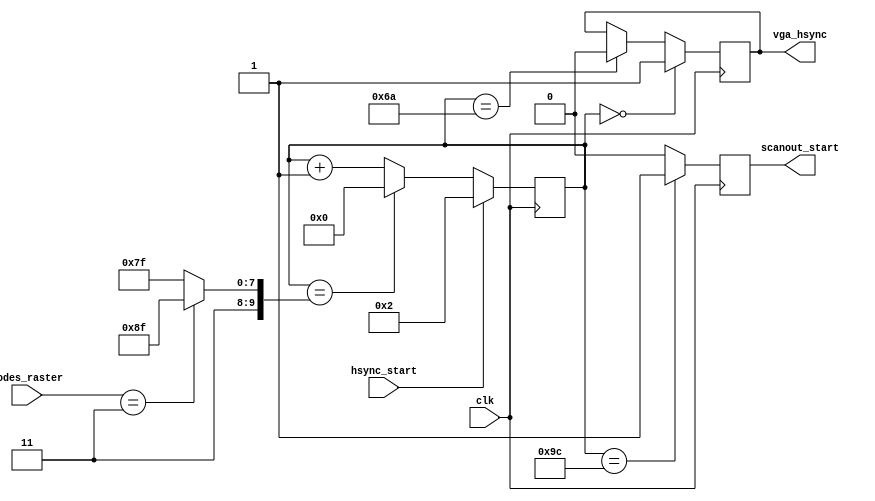
module video_vga_sync_h(

	input  wire clk,

	input  wire [1:0] modes_raster,

	output reg  vga_hsync,

	output reg  scanout_start,

	input  wire hsync_start
);

	localparam HSYNC_END	= 10'd106;
	localparam SCANOUT_BEG	= 10'd156;

	localparam HPERIOD_224 = 10'd896;
	localparam HPERIOD_228 = 10'd912;



	reg [9:0] hcount;

	initial
	begin
		hcount = 9'd0;
		vga_hsync = 1'b0;
	end



	always @(posedge clk)
	begin
			if( hsync_start )
				hcount <= 10'd2;
			else if ( hcount==( (modes_raster==2'b11) ? (HPERIOD_228-10'd1) : (HPERIOD_224-10'd1) ) )
				hcount <= 10'd0;
			else
				hcount <= hcount + 9'd1;
	end


	always @(posedge clk)
	begin
		if( !hcount )
			vga_hsync <= 1'b1;
		else if( hcount==HSYNC_END )
			vga_hsync <= 1'b0;
	end


	always @(posedge clk)
	begin
		if( hcount==SCANOUT_BEG )
			scanout_start <= 1'b1;
		else
			scanout_start <= 1'b0;
	end


endmodule